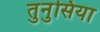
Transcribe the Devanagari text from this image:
तुनुसिया